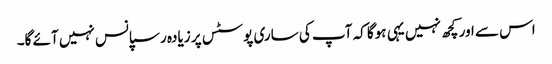
اس سے اور کچھ نہیں یہی ہوگا کہ آپ کی ساری پوسٹس پر زیادہ رسپانس نہیں آئے گا۔